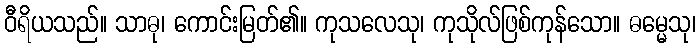
ဝီရိယသည်။ သာဓု၊ ကောင်းမြတ်၏။ ကုသလေသု၊ ကုသိုလ်ဖြစ်ကုန်သော။ ဓမ္မေသု၊